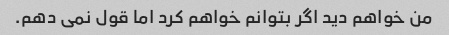
من خواهم دید اگر بتوانم خواهم کرد اما قول نمی دهم.